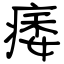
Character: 痿